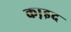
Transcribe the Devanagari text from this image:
का़इद